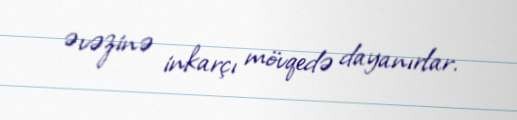
əvəzinə inkarçı mövqedə dayanırlar.